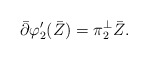
\begin{align*}\bar\partial\varphi_2'(\bar Z) = \pi_2^\perp \bar Z.\end{align*}